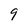
Character: 9